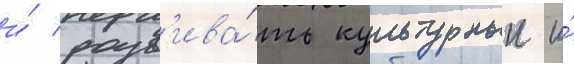
и́ разв'ива́ть культурныи и́